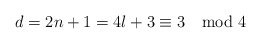
\begin{align*}d=2n+1=4l+3\equiv 3\mod 4\end{align*}